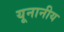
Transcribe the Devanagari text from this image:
यूनानीय